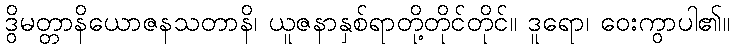
ဒွိမတ္တာနိယောဇနသတာနိ၊ ယူဇနာနှစ်ရာတို့တိုင်တိုင်။ ဒူရော၊ ဝေးကွာပါ၏။